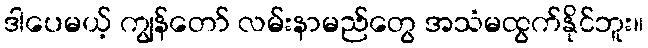
ဒါပေမယ့် ကျွန်တော် လမ်းနာမည်တွေ အသံမထွက်နိုင်ဘူး။